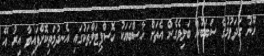
ހޫނު ގަދަވުމުގެ ސަބަބުން ބަލިވެގެން އެތަށް ހާސްބަޔަކު ހޮސްޕިޓަލްތަކުގައި އެނދުމަތިކޮށްފައިވާ އިރު އޭ